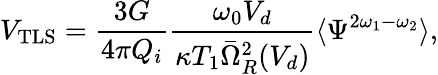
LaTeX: V_{\mathrm{TLS}}=\frac{3G}{4\pi Q_{i}}\frac{\omega_{0}V_{d}}{\kappa T_{1}\bar{\Omega}_{R}^{2}(V_{d})}\langle\Psi^{2\omega_{1}-\omega_{2}}\rangle,